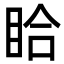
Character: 䀫